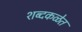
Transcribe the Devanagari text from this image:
शब्दकळेत